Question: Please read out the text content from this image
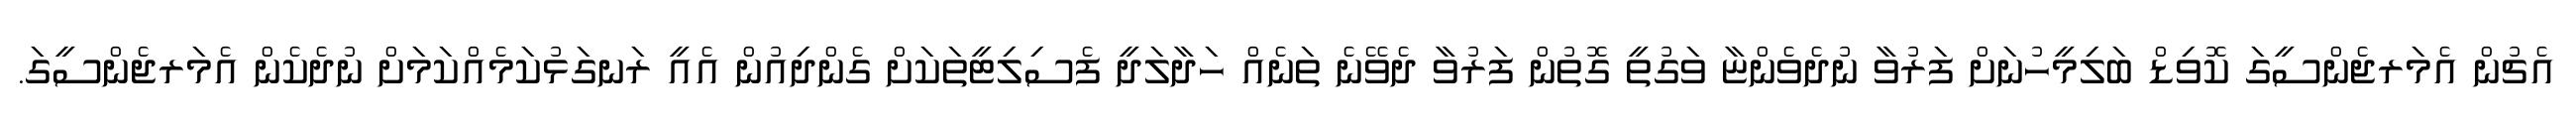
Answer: އެޗުން އެމަރޖެންސީގަ ކޮވިޑް ބަލިމީހުނަށް ފަރުވާ ނުދެވެންޏާ ވަގުތީ ގޮތުން ފަރުވާ ދެވޭނެ ތަނެއް ހަދާލަދީ ފެސިލިޓީތަކަށް ގެންދިއުން އެއީ ރަނގަޅުކަމެއްކަމަށް ނުދެކެން އެމަރޖެންސީގަ.